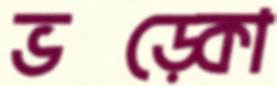
ভড়্‌কো